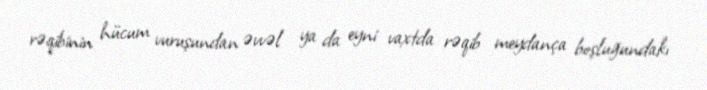
rəqibinin hücum vuruşundan əvvəl ya da eyni vaxtda rəqib meydança boşluğundakı